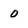
Character: 0